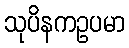
သုပိနကဥပမာ